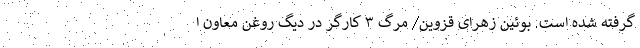
گرفته شده است. بوئین زهرای قزوین/ مرگ ۳ کارگر در دیگ روغن معاون ا